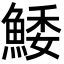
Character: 鯘